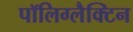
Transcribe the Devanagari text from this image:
पॉलिग्लैक्टिन